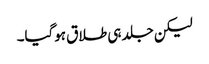
لیکن جلد ہی طلاق ہوگیا۔